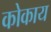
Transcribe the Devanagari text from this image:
कोकाय